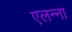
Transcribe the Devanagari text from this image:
एलन्ना